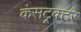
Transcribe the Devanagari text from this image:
कंसट्रक्टर